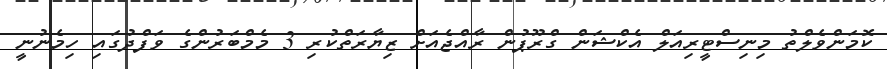
ކޮމަންވެލްތު މިނިސްޓީރިއަލް އެކްޝަން ގްރޫޕުން ރާއްޖެއަށް ޒިޔާރަތްކުރި 3 މެމްބަރުންގެ ވަފްދުގައި ހިމެނުނީ